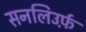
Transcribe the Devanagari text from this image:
सनलिउर्फ़